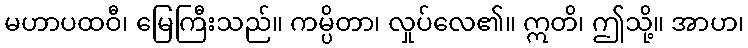
မဟာပထဝီ၊ မြေကြီးသည်။ ကမ္ပိတာ၊ လှုပ်လေ၏။ ဣတိ၊ ဤသို့။ အာဟ၊